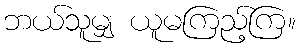
ဘယ်သူမျှ ယူမကြည့်ကြ။